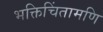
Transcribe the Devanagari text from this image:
भक्तिचिंतामणि